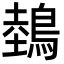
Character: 鵱